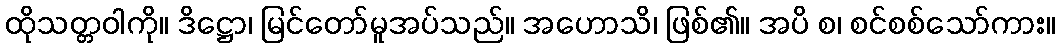
ထိုသတ္တဝါကို။ ဒိဋ္ဌော၊ မြင်တော်မူအပ်သည်။ အဟောသိ၊ ဖြစ်၏။ အပိ စ၊ စင်စစ်သော်ကား။